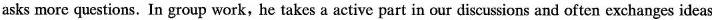
asks more questions. In group work, he takes a active part in our discussions and often exchanges ideas